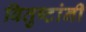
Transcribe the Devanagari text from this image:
वितुष्टांनी